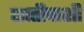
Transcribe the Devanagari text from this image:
छातीपाशी